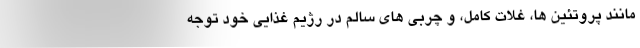
مانند پروتئین ها، غلات کامل، و چربی های سالم در رژیم غذایی خود توجه